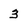
Character: 3